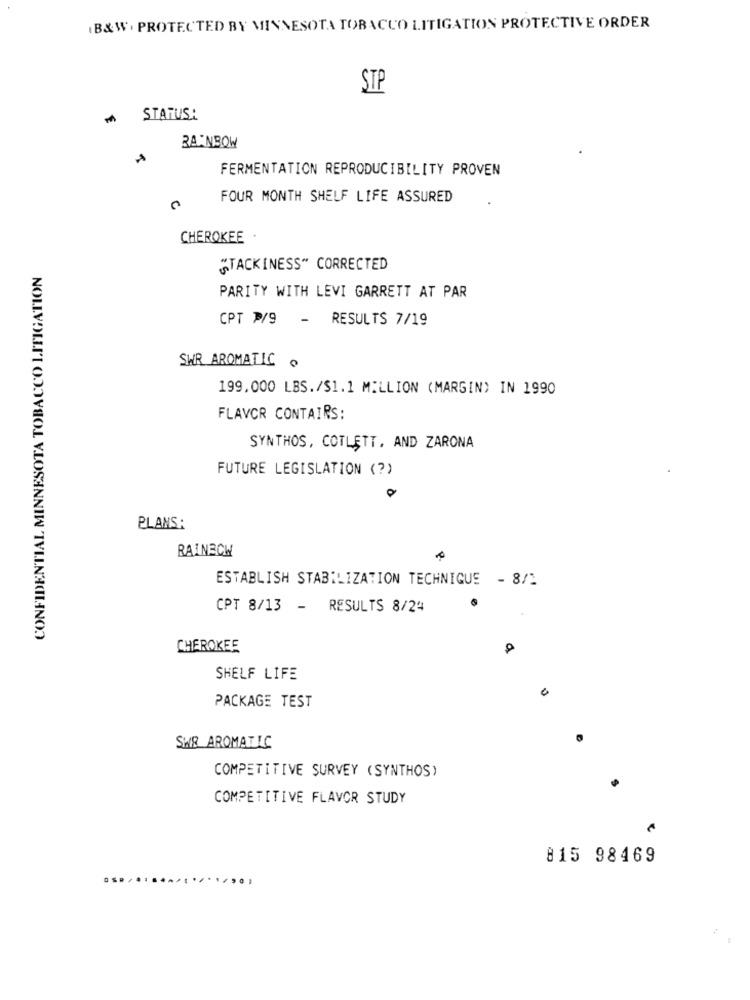
(B&W. PROTECTED BY MINNESOTA TOBACCO LITIGATION PROTECTIVE ORDER
STP
' STATUS:
RAINBOW
FERMENTATION REPRODUCIBILITY PROVEN
FOUR MONTH SHELF LIFE ASSURED
CHEROKEE
CONFIDENTIAL MINNESOTA TOBACCO LITIGATION
"TACKINESS" CORRECTED
PARITY WITH LEVI GARRETT AT PAR
CPT 7/9 - RESULTS 7/19
SWR AROMATIC o
199.000 LBS./$1.1 MILLION (MARGIN) IN 1990
FLAVOR CONTAIRS:
SYNTHOS, COTLETT, AND ZARONA
FUTURE LEGISLATION (?)
0
PLANS:
RAINECH
ESTABLISH STABILIZATION TECHNIQUE - 8/1
CPT 8/13 - RESULTS 8/24
CHEROKEE
SHELF LIFE
PACKAGE TEST
SWR AROMATIS
COMPETITIVE SURVEY (SYNTHOS)
COMPETITIVE FLAVOR STUDY
815 98469
... ... ... .. .. . .....